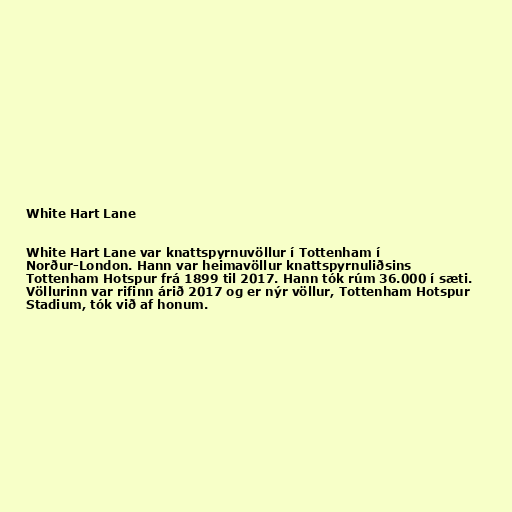
White Hart Lane

White Hart Lane var knattspyrnuvöllur í Tottenham í
Norður-London. Hann var heimavöllur knattspyrnuliðsins
Tottenham Hotspur frá 1899 til 2017. Hann tók rúm 36.000 í sæti.
Völlurinn var rifinn árið 2017 og er nýr völlur, Tottenham Hotspur
Stadium, tók við af honum.